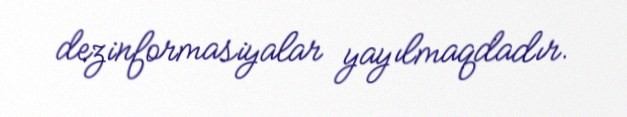
dezinformasiyalar yayılmaqdadır.